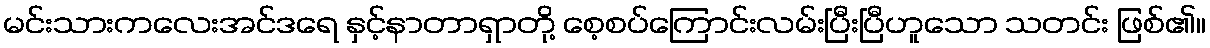
မင်းသားကလေးအင်ဒရေ နှင့်နာတာရှာတို့ စေ့စပ်ကြောင်းလမ်းပြီးပြီဟူသော သတင်း ဖြစ်၏။